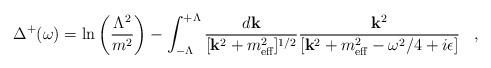
LaTeX: \begin{align*}\Delta^{+}(\omega)=\ln\left(\frac{\Lambda^{2}}{m^{2}}\right) - \int_{-\Lambda}^{+\Lambda}\frac{d{\bf k}}{[{\bf k}^{2}+m_{\mbox{\scriptsize eff}}^{2}]^{1/2}}\frac{{\bf k}^{2}}{[{\bf k}^{2}+m_{\mbox{\scriptsize eff}}^{2}-\omega^{2}/4+i\epsilon]}\;\;\;,\end{align*}